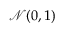
\mathcal { N } ( 0 , 1 )